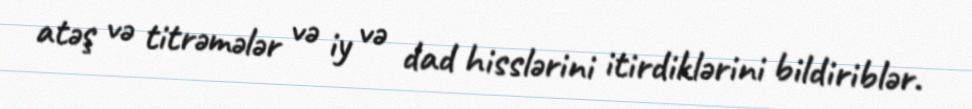
atəş və titrəmələr və iy və dad hisslərini itirdiklərini bildiriblər.